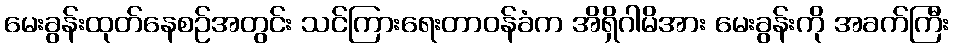
မေးခွန်းထုတ်နေစဉ်အတွင်း သင်ကြားရေးတာဝန်ခံက အိရှိဂါမိအား မေးခွန်းကို အခက်ကြီး